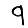
Digit: 9